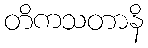
တိကသတာနိ